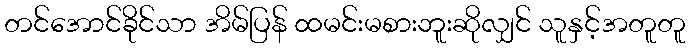
တင်အောင်ခိုင်သာ အိမ်ပြန် ထမင်းမစားဘူးဆိုလျှင် သူနှင့်အတူတူ